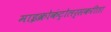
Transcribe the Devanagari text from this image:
माइक्रोकंट्रोलर्सकरीता